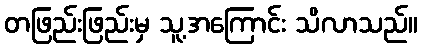
တဖြည်းဖြည်းမှ သူ့အကြောင်း သိလာသည်။